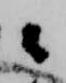
々